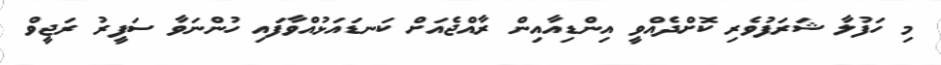
މި ހަފުލާ ޝަރަފުވެރި ކޮށްދެއްވީ އިންޑިއާއިން ރާއްޖެއަށް ކަނޑައަޅުއްވާފައި ހުންނަވާ ސަފީރު ރަޖީވް